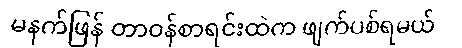
မနက်ဖြန် တာဝန်စာရင်းထဲက ဖျက်ပစ်ရမယ်